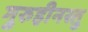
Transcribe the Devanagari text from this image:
गुरुहीनस्तु